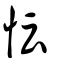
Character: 忶